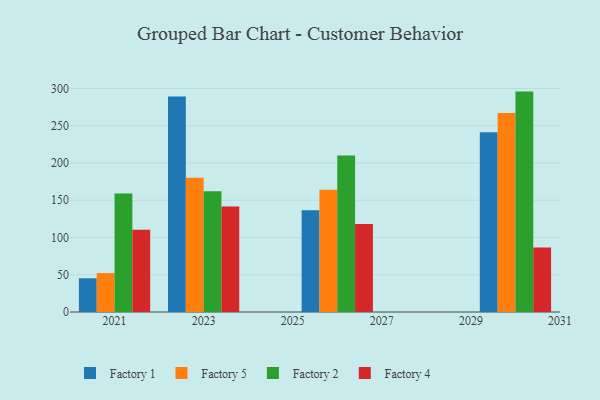
{"axis": {"x": "Year", "y": "Latency (ms)"}, "legend": ["Factory 1", "Factory 2", "Factory 4", "Factory 5"], "data": [{"x": "2030", "y": 241.4, "type": "Factory 1"}, {"x": "2030", "y": 267.1, "type": "Factory 5"}, {"x": "2030", "y": 295.8, "type": "Factory 2"}, {"x": "2030", "y": 86.5, "type": "Factory 4"}, {"x": "2023", "y": 289.1, "type": "Factory 1"}, {"x": "2023", "y": 180.1, "type": "Factory 5"}, {"x": "2023", "y": 162.0, "type": "Factory 2"}, {"x": "2023", "y": 141.6, "type": "Factory 4"}, {"x": "2026", "y": 136.6, "type": "Factory 1"}, {"x": "2026", "y": 164.0, "type": "Factory 5"}, {"x": "2026", "y": 210.2, "type": "Factory 2"}, {"x": "2026", "y": 118.2, "type": "Factory 4"}, {"x": "2021", "y": 45.3, "type": "Factory 1"}, {"x": "2021", "y": 52.2, "type": "Factory 5"}, {"x": "2021", "y": 158.9, "type": "Factory 2"}, {"x": "2021", "y": 110.5, "type": "Factory 4"}]}